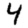
Digit: 4